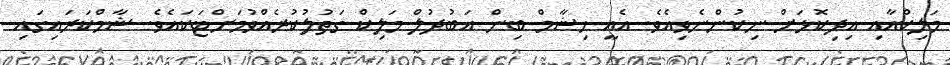
މަލިކްއާއި އިދިކޮޅަށް ނިކުންނެވިއެވެ. އެއީ ހިޝާމް ބިން އަބުދުލް މަލިކް ގަތުލުކުރެއްވުމަށްޓަކައެވެ. ޝާމްކަރައިގައި